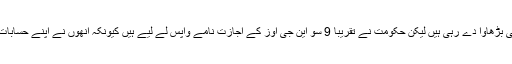
این جی اوز مہاتما گاندھی کے کام کو ہی بڑھاوا دے رہی ہیں لیکن حکومت نے تقریباً 9 سو این جی اوز کے اجازت نامے واپس لے لیے ہیں کیونکہ انھوں نے اپنے حسابات درست طریقے سے نہیں رکھے تھے۔